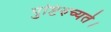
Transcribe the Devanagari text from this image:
पुष्टिरुच्यते।